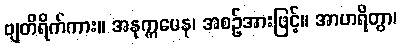
ဗျတိရိက်ကား။ အနုက္ကမေန၊ အစဉ်အားဖြင့်။ အာဟရိတွာ၊